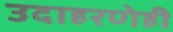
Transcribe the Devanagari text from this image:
उदाहरणेही